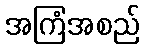
အကြံအစည်